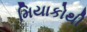
મિયાકોથી